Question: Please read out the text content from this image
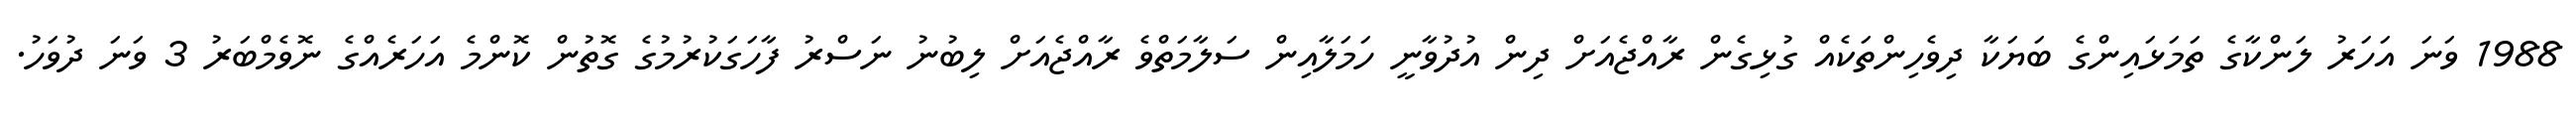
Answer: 1988 ވަނަ އަހަރު ލަންކާގެ ތަމަޅައިންގެ ބަޔަކާ ދިވެހިންތަކެއް ގުޅިގެން ރާއްޖެއަށް ދިން އުދުވާނީ ހަމަލާއިން ސަލާމަތްވެ ރާއްޖެއަށް ލިބުނު ނަސްރު ފާހަގަކުރުމުގެ ގޮތުން ކޮންމެ އަހަރެއްގެ ނޮވެމްބަރު 3 ވަނަ ދުވަހު.